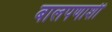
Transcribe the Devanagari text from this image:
बालपणाशी